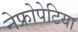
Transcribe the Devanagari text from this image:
नेफ्रोपेटिया